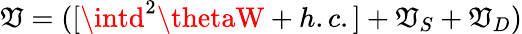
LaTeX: \mathfrak{V}=([\intd^{2}\thetaW+h.c.]+\mathfrak{V}_{S}+\mathfrak{V}_{D})